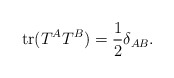
\begin{align*}{\rm tr}(T^A T^B) = {1 \over 2} \delta_{AB} .\end{align*}